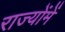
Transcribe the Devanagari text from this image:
राज्योंमें